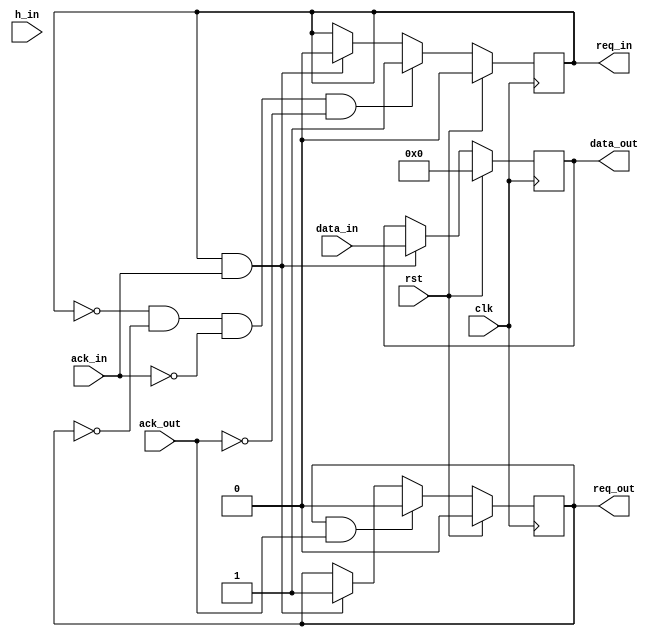
`timescale 1ns / 1ps

module filter #(parameter NR_STAGES = 32,
                parameter DWIDTH = 16,
                parameter DDWIDTH = 2*DWIDTH,
                parameter CWIDTH = NR_STAGES * DWIDTH)
               (input  clk,
                input  rst,
                output req_in,
                input  ack_in,
                input  [0:DWIDTH-1] data_in,
                output req_out,
                input  ack_out,
                output [0:DWIDTH-1] data_out,
                input  [0:CWIDTH-1] h_in);

    // Output request register
    reg req_out_buf;
    assign req_out = req_out_buf;

    // Input request register
    reg req_in_buf;
    assign req_in = req_in_buf;
  
    // Accumulator (assigned to output directly)
    reg signed [0:DWIDTH-1] sum;
    assign data_out = sum;
  
    always @(posedge clk) begin
        // Reset => initialize
        if (rst) begin
            req_in_buf <= 0;
            req_out_buf <= 0;
            sum <= 0;
        end
        // !Reset => run
        else begin
            // Input request & acknowledge => take the input & go back to computation a.s.a.p.
            if (req_in && ack_in) begin
                sum <= data_in;
                req_in_buf <= 0;
                req_out_buf <= 1;
            end
            // Output request & acknowledge => go back to computation a.s.a.p.
            if (req_out && ack_out) begin
                req_out_buf <= 0;
            end
            // If we need no inputs and have no outputs ready, then proceed with the computation
            if (!req_in && !req_out && !ack_in && !ack_out) begin   
                req_in_buf <= 1;
            end
        end
    end

endmodule